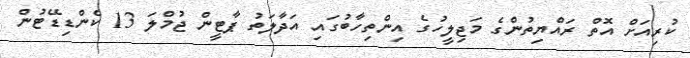
ކުރިއަށް އޮތް ރައްޔިތުންގެ މަޖިލީހުގެ އިންތިހާބުގައި އަދާލަތު ޕާޓީން ޖުމްލަ 13 ކެންޑިޑޭޓުން